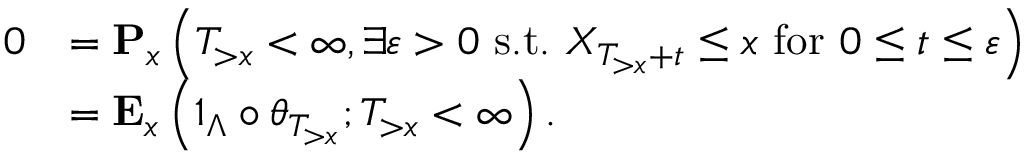
\begin{array} { r l } { 0 } & { = \mathbf { P } _ { x } \left( T _ { > x } < \infty , \exists \varepsilon > 0 \mathrm { ~ s . t . ~ } X _ { T _ { > x } + t } \leq x \mathrm { ~ f o r ~ } 0 \leq t \leq \varepsilon \right) } \\ & { = \mathbf { E } _ { x } \left( 1 _ { \Lambda } \circ \theta _ { T _ { > x } } ; T _ { > x } < \infty \right) . } \end{array}